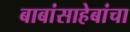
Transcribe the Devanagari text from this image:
बाबांसाहेबांचा